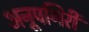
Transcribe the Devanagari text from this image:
अनूपगिरी